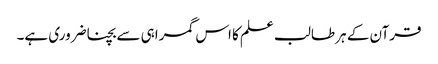
قرآن کے ہر طالب علم کا اس گمراہی سے بچنا ضروری ہے۔